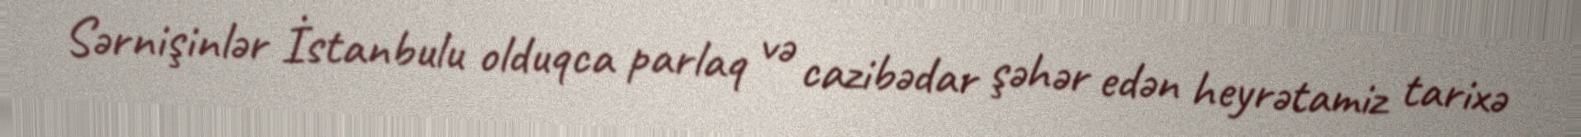
Sərnişinlər İstanbulu olduqca parlaq və cazibədar şəhər edən heyrətamiz tarixə